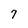
Character: 7